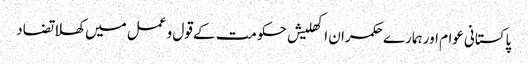
پاکستانی عوام اور ہمارے حکمران	 اکھلیش حکومت کے قول و عمل میں کھلا تضاد